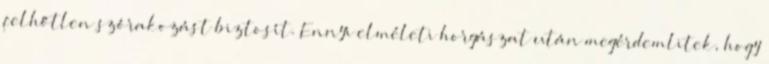
felhőtlen szórakozást biztosít. Ennyi elméleti horgászat után megérdemlitek, hogy